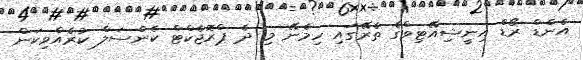
އެންޑް ރޯޑް އިނީޝިއޭޓިވްގެ ތެރޭގައި ހިމެނޭ މި ދެ ޕްރޮޖެކްޓް ކެންސަލް ކުރެއްވިކަން